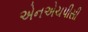
એનએચપીસી